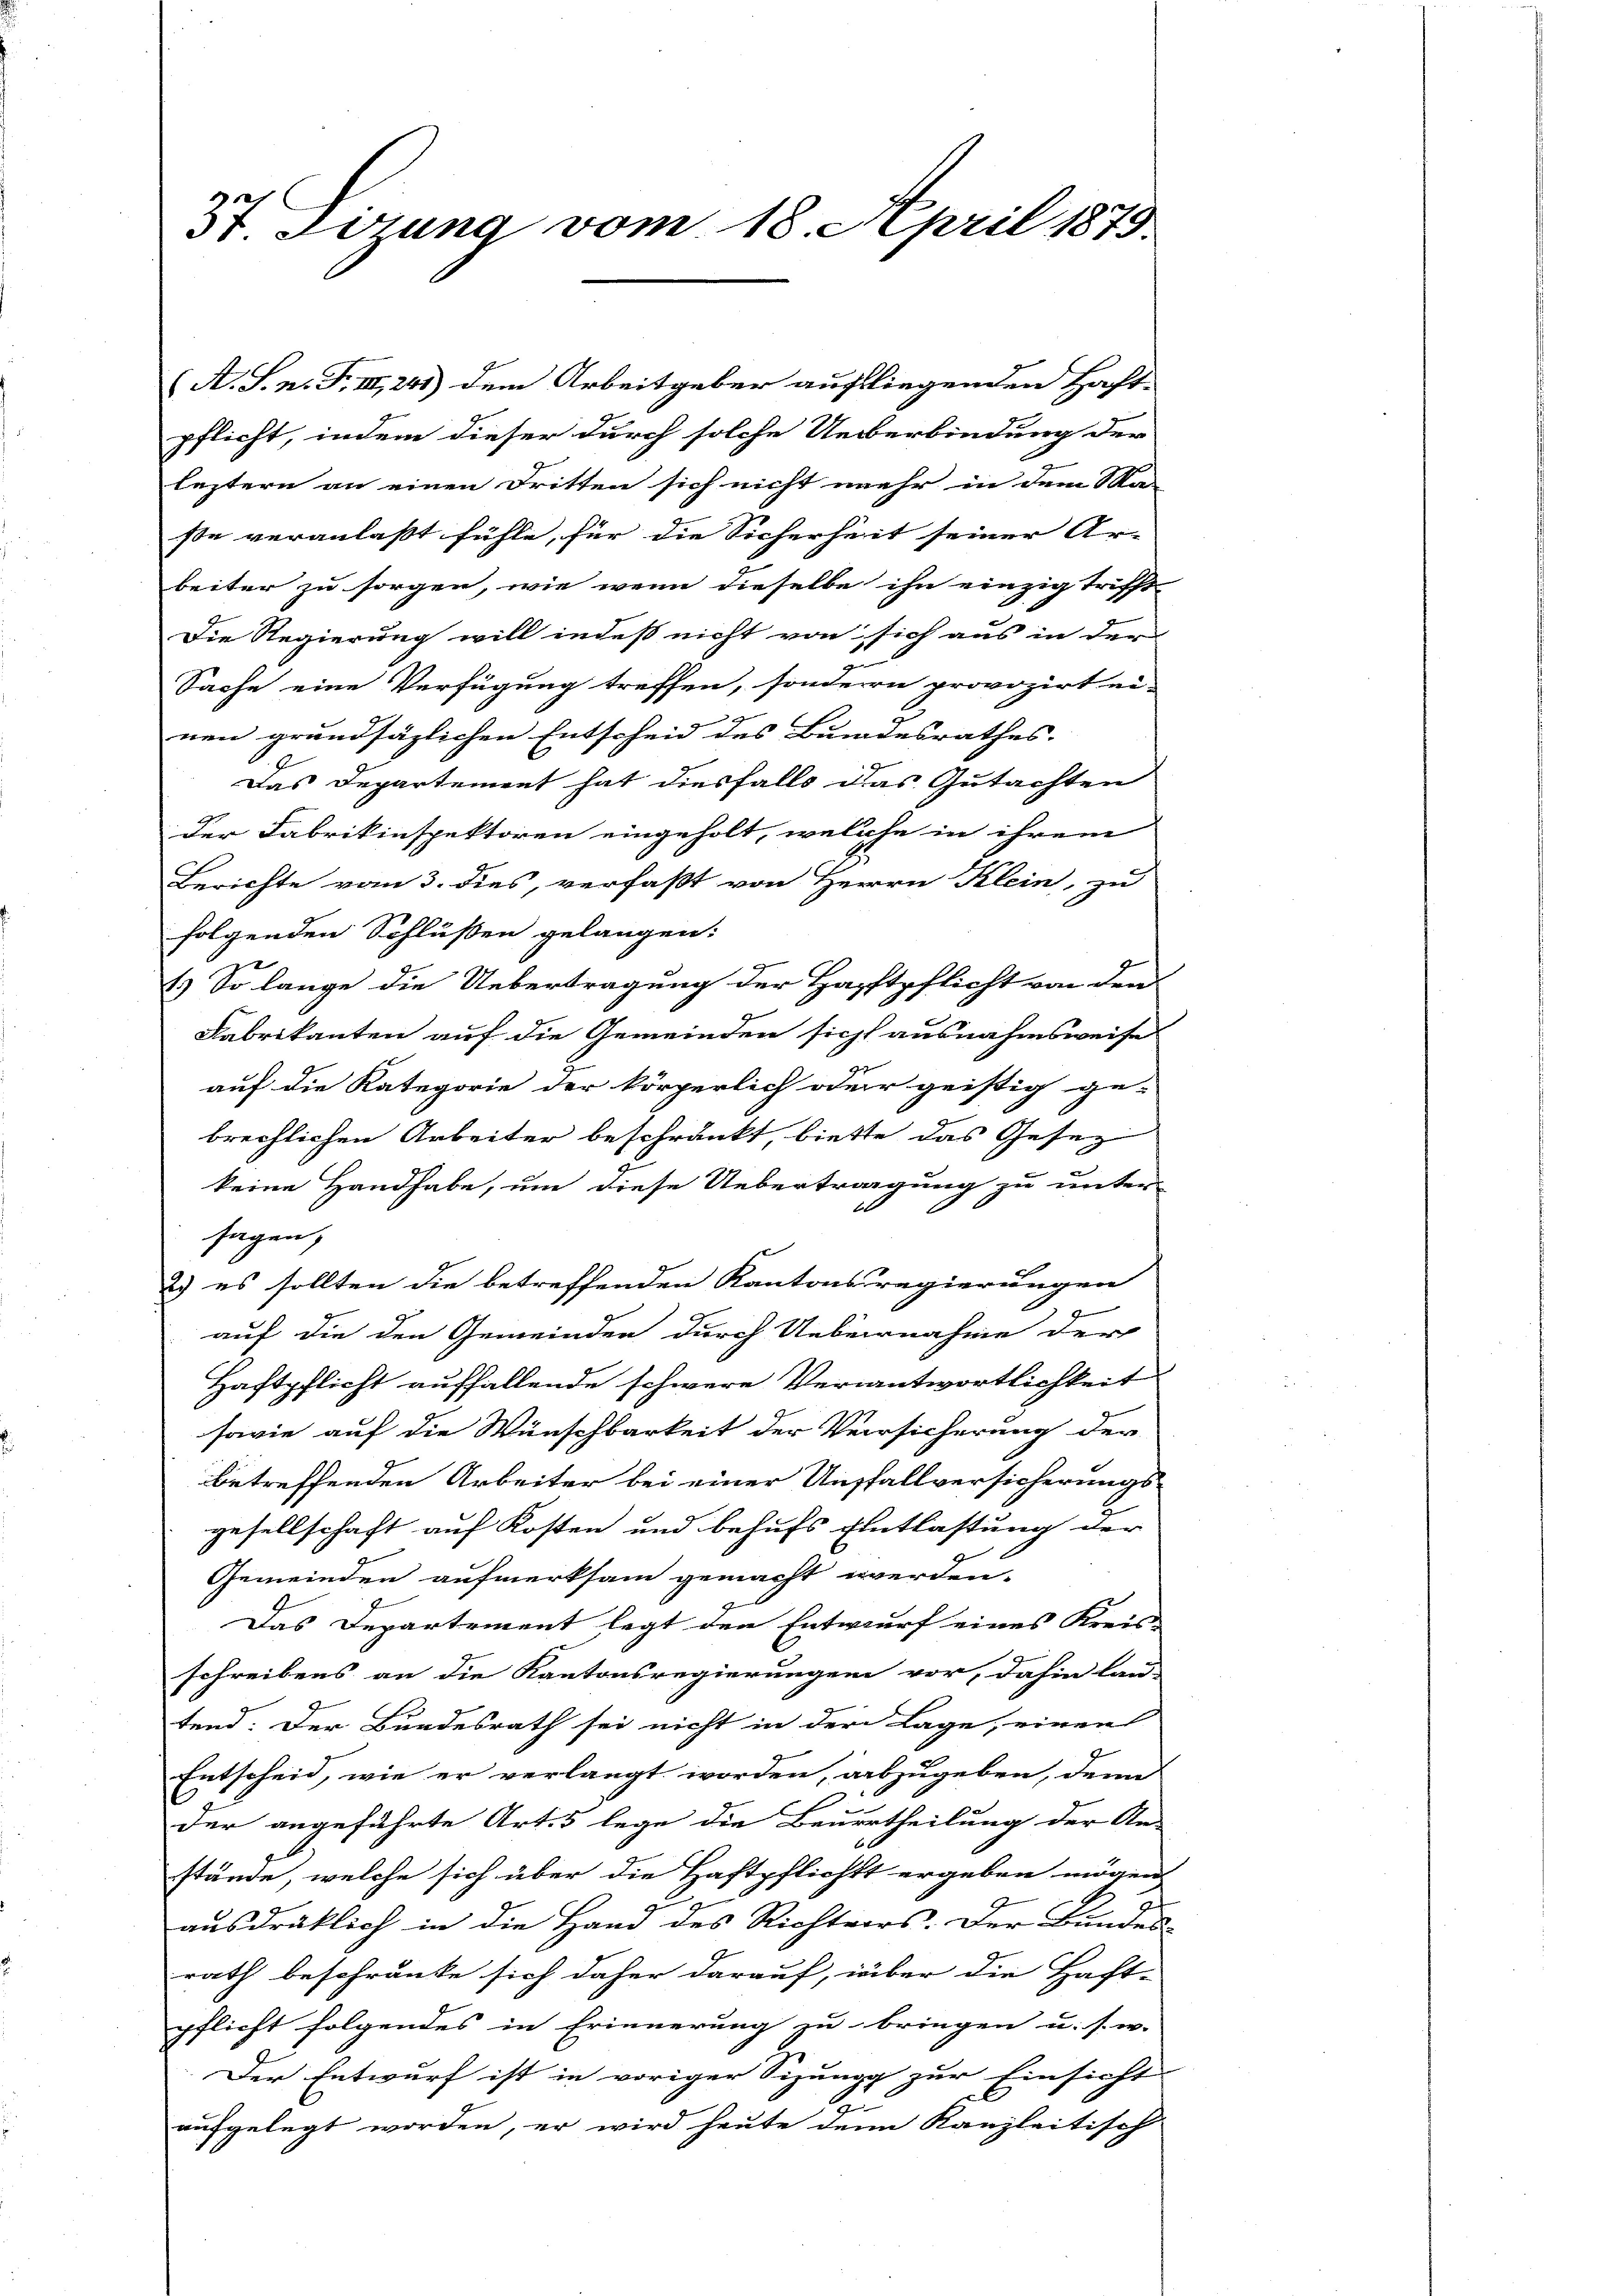
A. S. n. F. III, 243) dem Arbeitgeber auffliegenden Haft-
pflicht, indem dieser durch solche Ueberbindung der
leztern an einen Dritten sich nicht mehr in dem Ma- |
se veranlaßt fühle, für die Sicherheit seiner Ar-
beiter zu sorgen, wie wenn dieselbe ihn einzig trifft
Die Regierung will indeß nicht von sich aus in der
Sache eine Verfügung treffen, sondern provozirt ei-
nen grundsäzlichen Entscheid des Bundesrathes
Das Departement hat diesfalls das Gutachten
der Fabrikinspektoren eingeholt, welche in ihrem
Berichte vom 3. dies, verfaßt von Herrn Klein, zu
folgenden Schlüßen gelangen:
1.) So lange die Uebertragung der Hopftpflicht von den
Fabrikanten auf die Gemeinden sicht ausnahmsweise
auf die Kategorie der körperlich oder geistig ge-
brechlichen Arbeiter beschränkt, biette das Gesez
keine Handhabe, um diese Uebertragung zu unter-
t
sagen,
2) es sollten die betreffenden Kantonsregierungen
auf die den Gemeinden durch Uebernahme der
Haftpflicht auffallende schwere Verantwortlichkeit
sowie auf die Wünschbarkeit der Versicherung der
betreffenden Arbeiter bei einer Unfallversicherungs-
gesellschaft auf Kosten und behufs Entlastung der
Gemeinden aufmerksam gemacht werden.
Das Departement legt den Entwurf eines Kreis-
schreibens an die Kantonsregierungen vor, dahin lau-
tend: Der Bundesrath sei nicht in der Lage, einen
Entscheid, wie er verlangt worden, abzugeben, denn
E
der angeführte Art. 5 lege die Beurtheilung der An-
6 x
stände, welche sich über die Haftpflichtt ergeben mögen,
ausdrüklich in die Hand des Richtvers. Der Bundes-
rath beschränke sich daher darauf, über die Haft-
pflicht folgendes in Erinnerung zu bringen u. s. w. |
Der Entwurf ist in voriger Sizung zur Einsicht
9
aufgelegt worden, er wird heute denn Kanzleitisch

St. Gesung vom 18. April 1879.